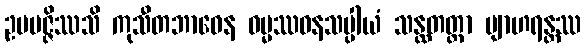
ဥပပဇ္ဇိဿသိ ကုသီတဘာဝေန ဓမ္မဿဝနသပ္ပါယံ သန္ထတတ္တာ ဗျာဟရန္တဿ